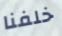
خلفنا